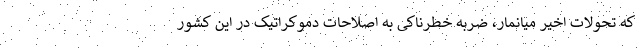
که تحولات اخیر میانمار، ضربه خطرناکی به اصلاحات دموکراتیک در این کشور